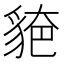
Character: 𧳗